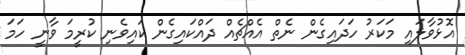
އޮޅުވާލައި މަކަރު ހަދައިގެން ނެތް އެއްޗެއް ދައްކައިގެން ކައިވެނި ކުރީމަ ވާނީ ހަމަ